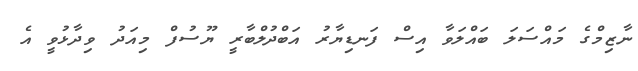
ނާޒިމްގެ މައްސަލަ ބައްލަވާ އިސް ފަނޑިޔާރު އަބްދުލްބާރީ ޔޫސުފް މިއަދު ވިދާޅުވީ އެ